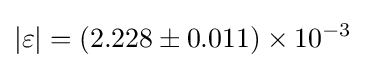
\left|\varepsilon \right|=\left(2.228\pm 0.011\right)\times 10^{-3}